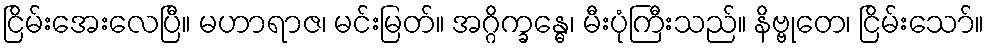
ငြိမ်းအေးလေပြီ။ မဟာရာဇ၊ မင်းမြတ်။ အဂ္ဂိက္ခန္ဓေ၊ မီးပုံကြီးသည်။ နိဗ္ဗုတေ၊ ငြိမ်းသော်။